65_HS1-834228961_62-HQ-83894_Section_1
Agency: FBI
Page 182
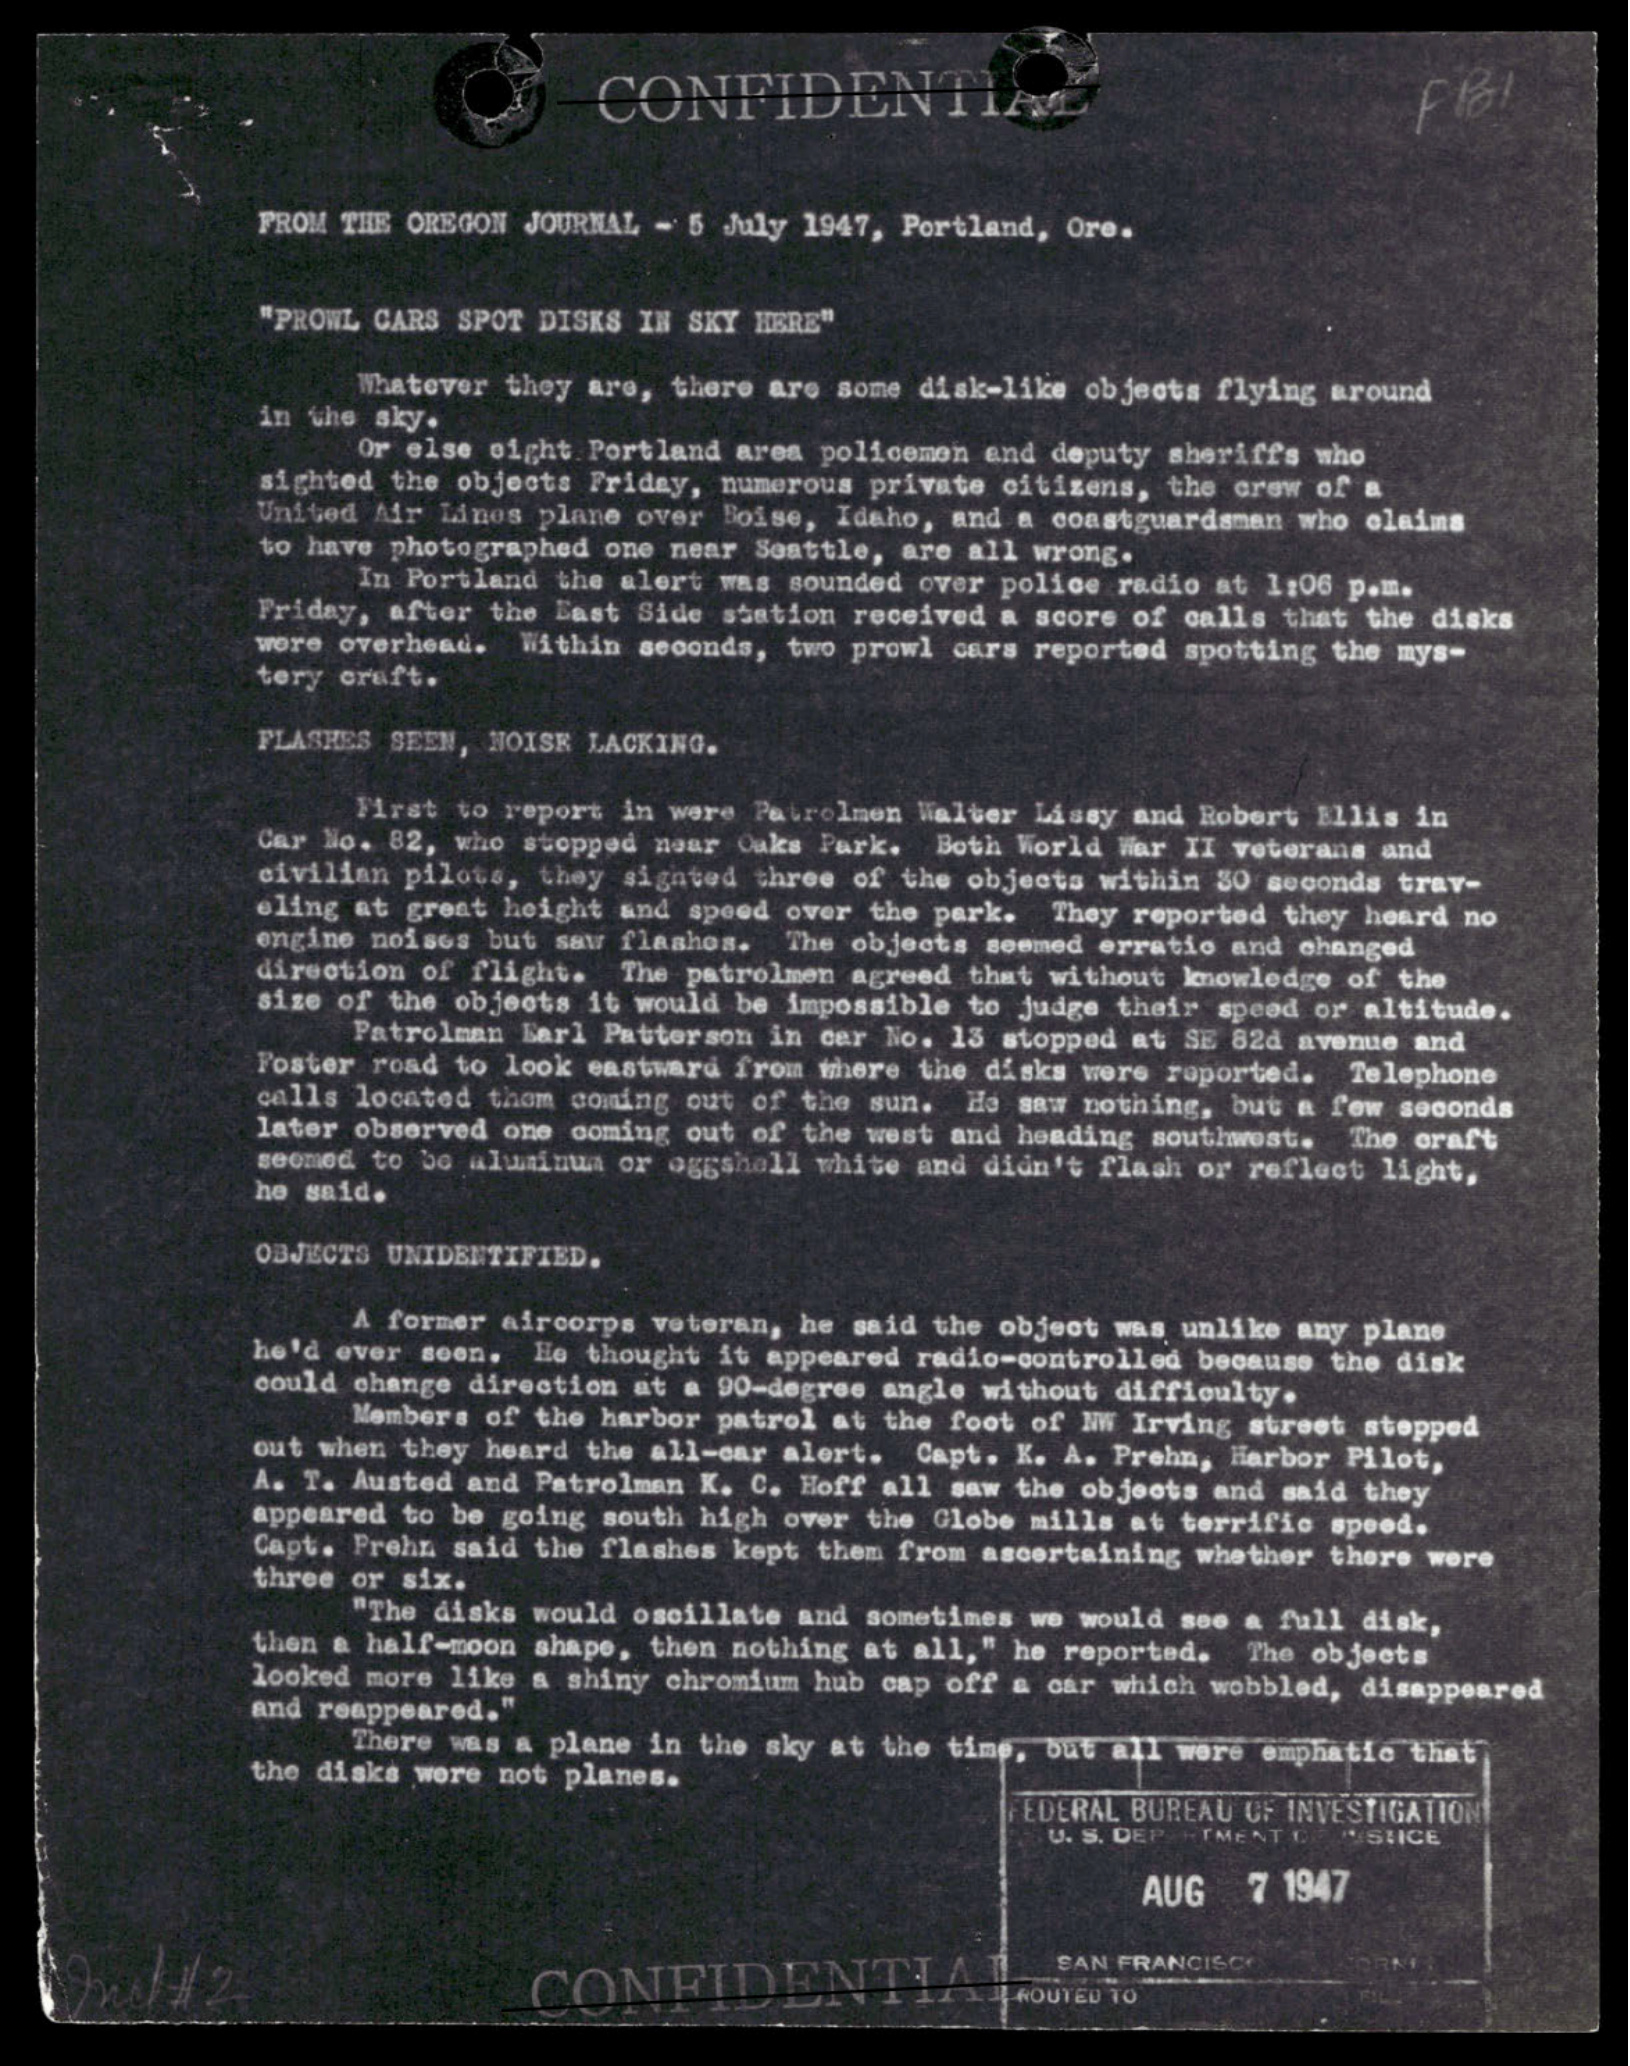